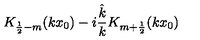
K _ { \frac 1 2 - m } ( k x _ { 0 } ) - i \frac { \hat { k } } { k } K _ { m + \frac 1 2 } ( k x _ { 0 } )